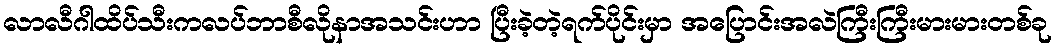
လာလီဂါထိပ်သီးကလပ်ဘာစီလိုနာအသင်းဟာ ပြီးခဲ့တဲ့ရက်ပိုင်းမှာ အပြောင်းအလဲကြီးကြီးမားမားတစ်ခု